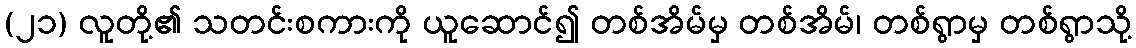
(၂၁) လူတို့၏ သတင်းစကားကို ယူဆောင်၍ တစ်အိမ်မှ တစ်အိမ်၊ တစ်ရွာမှ တစ်ရွာသို့